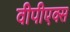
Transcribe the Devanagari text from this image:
वीपीएक्स